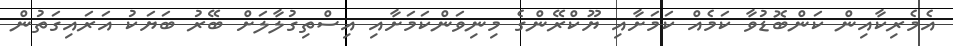
އެމެރިކާއިން ކަންބޮޑުވާ ކަމެއް ކަމަށާއި ޔޫކްރޭންގެ މިނިވަންކަމަށާއި އިސްތިގުލާލަށް ބޭރު ބަޔަކު އަރައިގަތުން